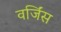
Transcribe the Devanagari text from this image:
वर्जिंस